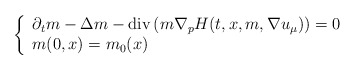
\begin{align*}\left\{\begin{array}{l}\partial_t m - \Delta m - \mathrm{div} \left(m\nabla_p H(t,x,m,\nabla u_\mu)\right) = 0 \\m(0,x) = m_0(x)\end{array}\right.\end{align*}